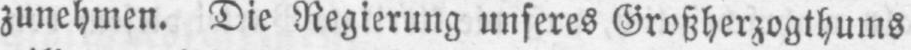
zunehmen. Die Regierung unseres Großherzogthums